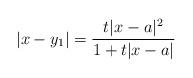
LaTeX: \begin{align*} |x-y_1| = \frac{t|x-a|^2}{1+t |x-a|}\end{align*}